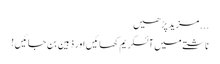
... مزید پڑھیں
ناشتے میں آئسکریم کھائیں اور ذہین بن جائیں !